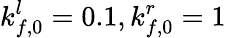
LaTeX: k_{f,0}^{l}=0.1,k_{f,0}^{r}=1